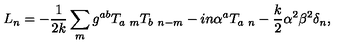
L _ { n } = - { \frac { 1 } { 2 k } } \sum _ { m } g ^ { a b } T _ { a \ m } T _ { b \ n - m } - i n \alpha ^ { a } T _ { a \ n } - { \frac { k } { 2 } } \alpha ^ { 2 } \beta ^ { 2 } \delta _ { n } ,